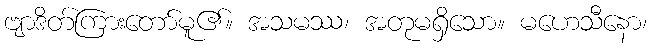
ဗျာဒိတ်ကြားတော်မူ၏။ အသမဿ၊ အတုမရှိသော။ မဟေသီနော၊